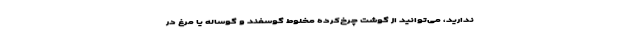
ندارید، می‌توانید از گوشت چرخ‌کرده مخلوط گوسفند و گوساله یا مرغ در